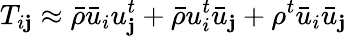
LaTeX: T_{i\mathbf{j}}\approx\bar{{\rho}}\bar{{u}}_{i}u_{\mathbf{j}}^{t}+\bar{{\rho}}u_{i}^{t}\bar{{u}}_{\mathbf{j}}+\rho^{t}\bar{{u}}_{i}\bar{{u}}_{\mathbf{j}}